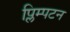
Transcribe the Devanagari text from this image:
प्लिम्पटन